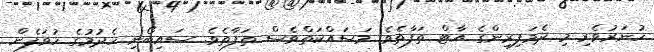
ހުނަރުވެރި މި ދެމަފިރިންގެ އާޓް ތަފާތެވެ. މަސައްކަތްވެސް ތަފާތެވެ. ސައިބޯނި ހެދުމުގެ ހުވަފެން